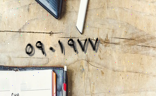
٥٩٠١٩٧٧